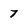
Character: 7